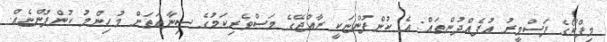
މިފްކޯގެ ފަސްމީރު އުފެއްދުންތައް: އެ ކުންފުންޏަކީ ރާއްޖޭގެ މަސްވެރިކަމުގެ ސިނާއަތަށް މުހިންމު ކުންފުންޏެއް.